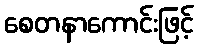
စေတနာကောင်းဖြင့်